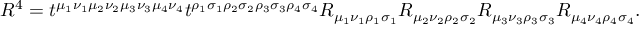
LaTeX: R ^ { 4 } = t ^ { \mu _ { 1 } \nu _ { 1 } \mu _ { 2 } \nu _ { 2 } \mu _ { 3 } \nu _ { 3 } \mu _ { 4 } \nu _ { 4 } } t ^ { \rho _ { 1 } \sigma _ { 1 } \rho _ { 2 } \sigma _ { 2 } \rho _ { 3 } \sigma _ { 3 } \rho _ { 4 } \sigma _ { 4 } } R _ { \mu _ { 1 } \nu _ { 1 } \rho _ { 1 } \sigma _ { 1 } } R _ { \mu _ { 2 } \nu _ { 2 } \rho _ { 2 } \sigma _ { 2 } } R _ { \mu _ { 3 } \nu _ { 3 } \rho _ { 3 } \sigma _ { 3 } } R _ { \mu _ { 4 } \nu _ { 4 } \rho _ { 4 } \sigma _ { 4 } } .